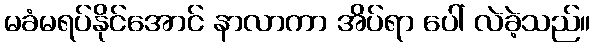
မခံမရပ်နိုင်အောင် နာလာကာ အိပ်ရာ ပေါ် လဲခဲ့သည်။